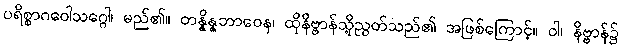
ပရိစ္စာဂဝေါသဂ္ဂေါ၊ မည်၏။ တန္နိန္နဘာဝေန၊ ထိုနိဗ္ဗာန်သို့ညွတ်သည်၏ အဖြစ်ကြောင့်။ ဝါ၊ နိဗ္ဗာန်၌